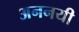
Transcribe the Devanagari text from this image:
अननयी